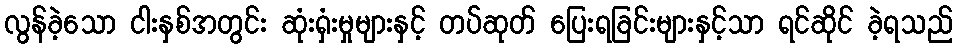
လွန်ခဲ့သော ငါးနှစ်အတွင်း ဆုံးရှံးမှုများနှင့် တပ်ဆုတ် ပြေးရခြင်းများနှင့်သာ ရင်ဆိုင် ခဲ့ရသည်